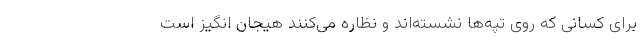
برای کسانی که روی تپه‌ها نشسته‌اند و نظاره می‌کنند هیجان انگیز است